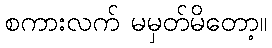
စကားလက် မမှတ်မိတော့။